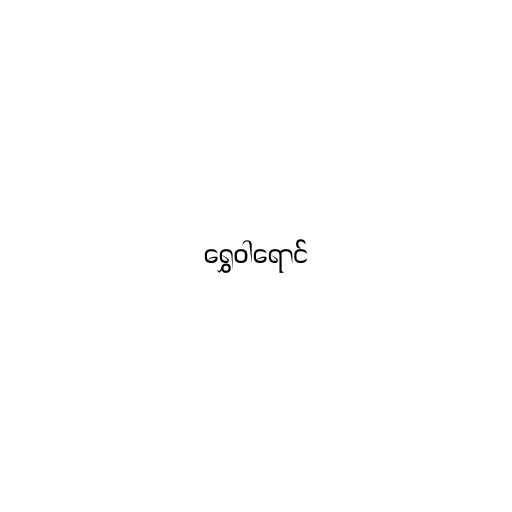
ရွှေဝါရောင်